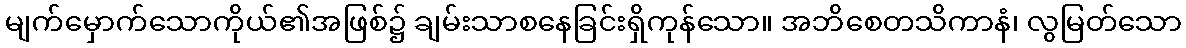
မျက်မှောက်သောကိုယ်၏အဖြစ်၌ ချမ်းသာစနေခြင်းရှိကုန်သော။ အဘိစေတသိကာနံ၊ လွမြတ်သော